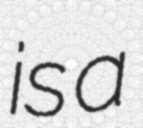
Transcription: is a